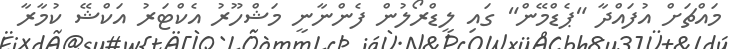
މައްޗަށް އުފައްދާ "ޕެޑްމޭން" ގައި ލީޑްރޯލުން ފެންނާނީ މަޝްހޫރު އެކްޓަރު އަކްޝޭ ކުމާރާ